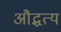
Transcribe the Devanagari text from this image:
औद्धत्य